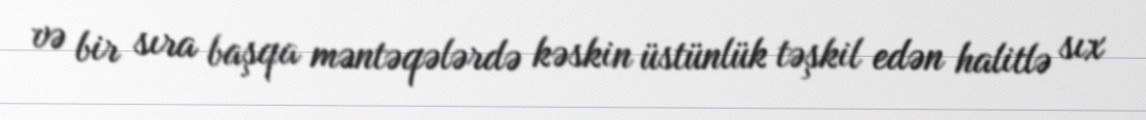
və bir sıra başqa məntəqələrdə kəskin üstünlük təşkil edən halitlə sıx